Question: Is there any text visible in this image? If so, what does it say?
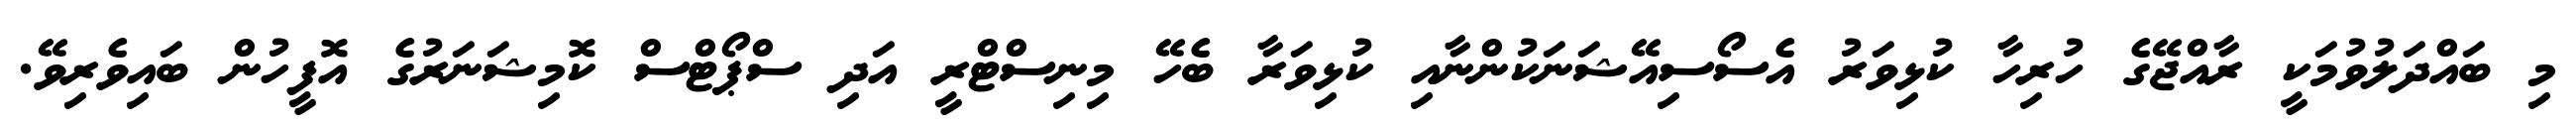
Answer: މި ބައްދަލުވުމަކީ ރާއްޖޭގެ ހުރިހާ ކުޅިވަރު އެސޯސިއޭޝަނަކުންނާއި ކުޅިވަރާ ބެހޭ މިނިސްޓްރީ އަދި ސްޕޯޓްސް ކޮމިޝަނަރުގެ އޮފީހުން ބައިވެރިވޭ.